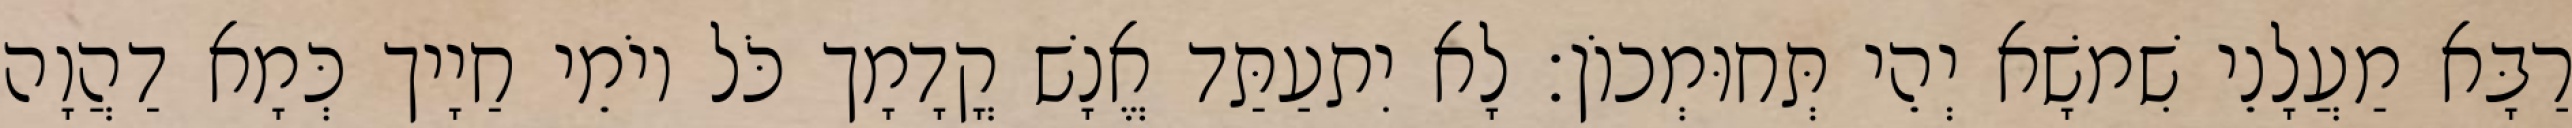
רַבָּא מַעֲלָנֵי שִׁמשָׁא יְהֵי תְּחוּמְכוֹן׃ לָא יִתעַתַּד אֱנָשׁ קֳדָמָך כֹּל יוֹמֵי חַיָיך כְּמָא דַהֲוָה